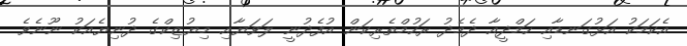
އެކަމަކު އަޅުގަނޑާއި ހަމްދީއާ ދެމެދު ރަހުމްތެރިކަން އުފެދުނީ ލަވަޔާއި މިޔުޒިކްގެ ދުނިޔެއަކު ނޫނެވެ